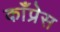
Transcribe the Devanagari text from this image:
काँप्रेस